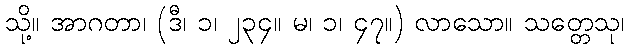
သို့။ အာဂတာ၊ (ဒီ၊ ၁၊ ၂၃၄။ မ၊ ၁၊ ၄၇။) လာသော။ သတ္တေသု၊